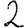
Digit: 2